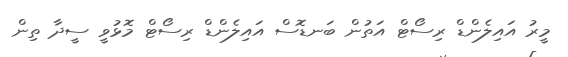
މީރު އައިލެންޑް ރިސޯޓް އަތުން ބަނޑޮސް އައިލެންޑް ރިސޯޓް މޮޅުވީ ސީދާ ތިން